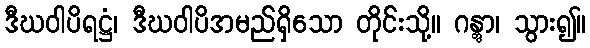
ဒီဃဝါပိရဋ္ဌံ၊ ဒီဃဝါပိအမည်ရှိသော တိုင်းသို့။ ဂန္တွာ၊ သွား၍။